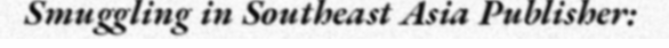
Smuggling in Southeast Asia Publisher: